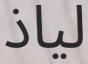
لياذ